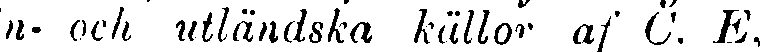
n- och utländska källor af C. E,